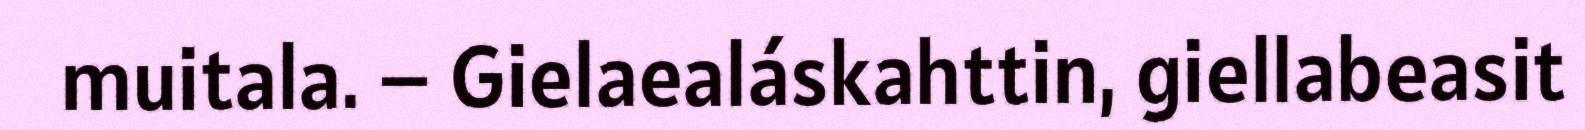
muitala. – Gielaealáskahttin, giellabeasit